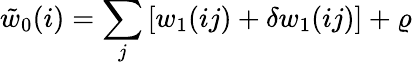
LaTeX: \tilde{w}_{0}(i)=\sum_{j}\left[w_{1}(ij)+\delta w_{1}(ij)\right]+\varrho